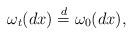
LaTeX: \begin{align*}\omega_t(dx)\buildrel d\over =\omega_0(dx),\end{align*}